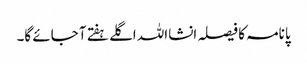
پانامہ کا فیصلہ انشااللہ اگلے ہفتے آ جائے گا۔